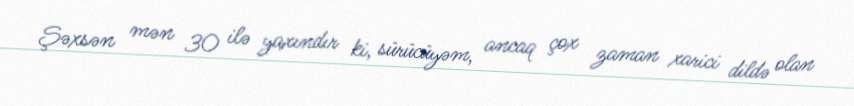
Şəxsən mən 30 ilə yaxındır ki, sürücüyəm, ancaq çox zaman xarici dildə olan